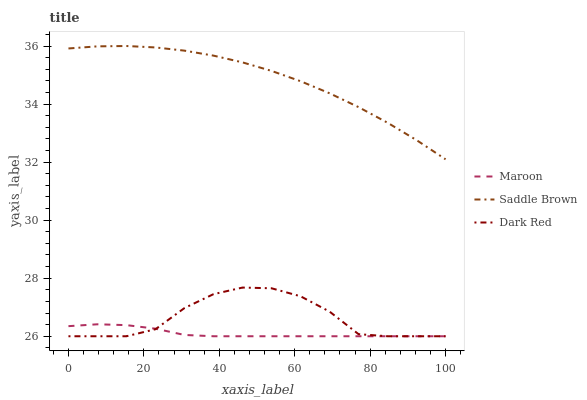
| xaxis_label | Maroon | Saddle Brown | Dark Red |
 | --- | --- | --- | --- |
 | 0 | 26.3 | 35.9 | 26 |
 | 7.69 | 26.4 | 36 | 26 |
 | 15.4 | 26.4 | 36 | 26 |
 | 23.1 | 26.3 | 36 | 26.2 |
 | 30.8 | 26 | 35.8 | 27 |
 | 38.5 | 26 | 35.7 | 27.5 |
 | 46.2 | 26 | 35.4 | 27.7 |
 | 53.8 | 26 | 35.1 | 27.7 |
 | 61.5 | 26 | 34.8 | 27.4 |
 | 69.2 | 26 | 34.4 | 26.9 |
 | 76.9 | 26 | 33.9 | 26.1 |
 | 84.6 | 26 | 33.4 | 26 |
 | 92.3 | 26 | 32.8 | 26 |
 | 100 | 26 | 32.1 | 26 |